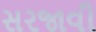
સરજાવી